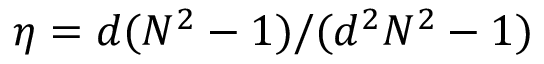
\eta = { d ( N ^ { 2 } - 1 ) } / { ( d ^ { 2 } N ^ { 2 } - 1 ) }